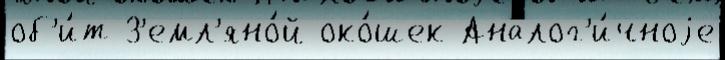
об'и́т З'емл'яно́й око́шек Аналог'и́чноjе